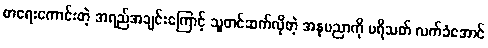
စာရေးကောင်းတဲ့ အရည်အချင်းကြောင့် သူတင်ဆက်လိုတဲ့ အနုပညာကို ပရိသတ် လက်ခံအောင်